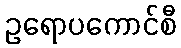
ဥရောပကောင်စီ